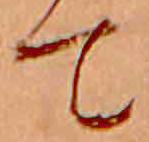
て